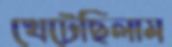
খেটেছিলাম